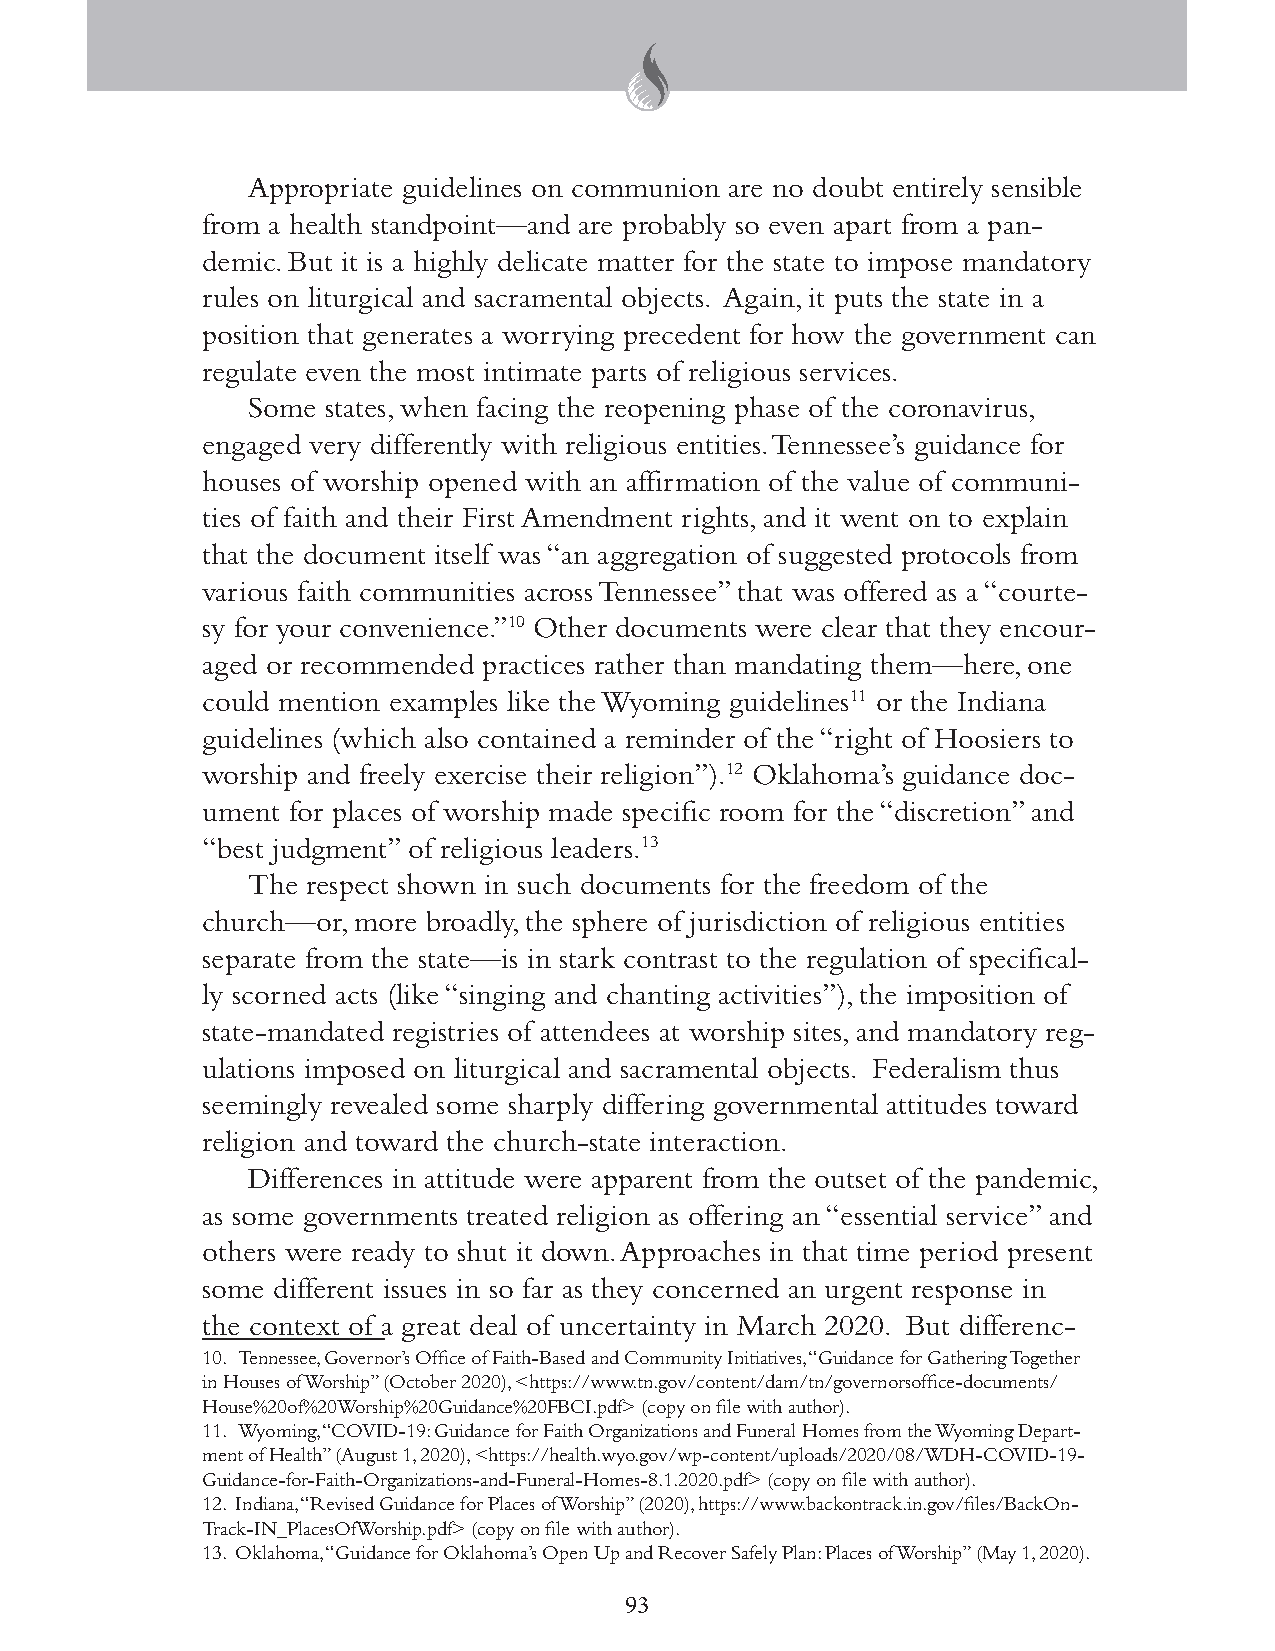
Appropriate guidelines on communion are no doubt entirely sensible
 from a health standpoint—and are probably so even apart from a pan-
 demic. But it is a highly delicate matter for the state to impose mandatory
 rules on liturgical and sacramental objects. Again, it puts the state in a
 position that generates a worrying precedent for how the government can
 regulate even the most intimate parts of religious services.
 Some  states, when facing the reopening phase of the coronavirus,
 engaged very differently with religious entities. Tennessee’s guidance for
 houses of worship opened with an affirmation of the value of communi-
 ties of faith and their First Amendment rights, and it went on to explain
 that the document itself was “an aggregation of suggested protocols from
 various faith communities across Tennessee” that was offered as a “courte-
 sy for your convenience.”10 Other documents were clear that they encour-
 aged or recommended practices rather than mandating them—here, one
 could mention examples like the Wyoming guidelines11 or the Indiana
 guidelines (which also contained a reminder of the “right of Hoosiers to
 worship and freely exercise their religion”).12 Oklahoma’s guidance doc-
 ument for places of worship made specific room for the “discretion” and
 “best judgment” of religious leaders.13
 The respect shown in such documents for the freedom of the
 church—or, more broadly, the sphere of jurisdiction of religious entities
 separate from the state—is in stark contrast to the regulation of specifical-
 ly scorned acts (like “singing and chanting activities”), the imposition of
 state-mandated registries of attendees at worship sites, and mandatory reg-
 ulations imposed on liturgical and sacramental objects. Federalism thus
 seemingly revealed some sharply differing governmental attitudes toward
 religion and toward the church-state interaction.
 Differences in attitude were apparent from the outset of the pandemic,
 as some governments treated religion as offering an “essential service” and
 others were ready to shut it down. Approaches in that time period present
 some different issues in so far as they concerned an urgent response in
 the context of a great deal of uncertainty in March 2020. But differenc-
 10. Tennessee, Governor’s Office of Faith-Based and Community Initiatives, “Guidance for Gathering Together
 in Houses of Worship” (October 2020), <https://www.tn.gov/content/dam/tn/governorsoffice-documents/
 House%20of%20Worship%20Guidance%20FBCI.pdf> (copy on file with author).
 11. Wyoming, “COVID-19: Guidance for Faith Organizations and Funeral Homes from the Wyoming Depart-
 ment of Health” (August 1, 2020), <https://health.wyo.gov/wp-content/uploads/2020/08/WDH-COVID-19-
 Guidance-for-Faith-Organizations-and-Funeral-Homes-8.1.2020.pdf> (copy on file with author).
 12. Indiana, “Revised Guidance for Places of Worship” (2020), https://www.backontrack.in.gov/files/BackOn-
 Track-IN_PlacesOfWorship.pdf> (copy on file with author).
 13. Oklahoma, “Guidance for Oklahoma’s Open Up and Recover Safely Plan: Places of Worship” (May 1, 2020).
 93